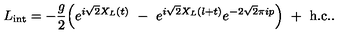
L _ { \mathrm { i n t } } = - { \frac { g } { 2 } } \Bigl ( e ^ { i \sqrt { 2 } X _ { L } ( t ) } \ - \ e ^ { i \sqrt { 2 } X _ { L } ( l + t ) } e ^ { - 2 \sqrt { 2 } \pi i p } \Bigr ) \ + \ \mathrm { h . c . } .